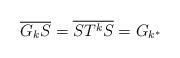
LaTeX: \begin{align*}\overline{G_k S}=\overline{ST^k S}=G_{k^{*}}\end{align*}